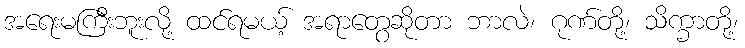
အရေးမကြီးဘူးလို့ ထင်ရမယ့် အရာတွေဆိုတာ ဘာလဲ၊ ဂုဏ်တို့၊ သိက္ခာတို့၊